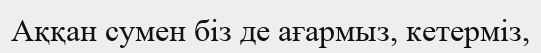
Аққан сумен біз де ағармыз, кетерміз,